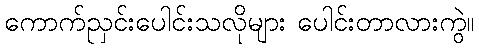
ကောက်ညှင်းပေါင်းသလိုများ ပေါင်းတာလားကွဲ။